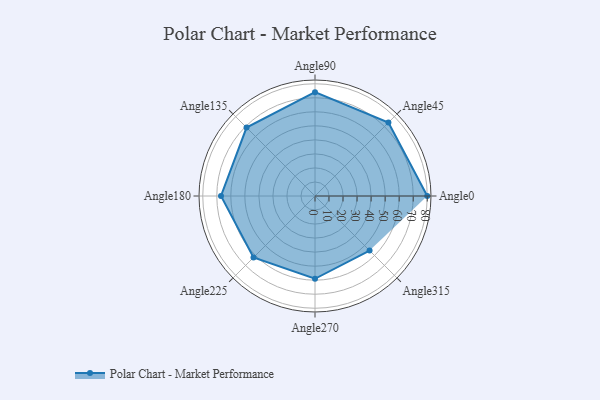
{"axis": {"x": "Angle", "y": "Radius"}, "legend": [""], "data": [{"x": "Angle0", "y": 80.0, "type": ""}, {"x": "Angle45", "y": 74.0, "type": ""}, {"x": "Angle90", "y": 74.0, "type": ""}, {"x": "Angle135", "y": 69.0, "type": ""}, {"x": "Angle180", "y": 67.0, "type": ""}, {"x": "Angle225", "y": 62.0, "type": ""}, {"x": "Angle270", "y": 59.0, "type": ""}, {"x": "Angle315", "y": 55.0, "type": ""}]}